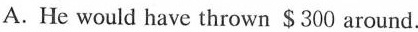
A.He would have thrown $300 around.